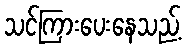
သင်ကြားပေးနေသည့်